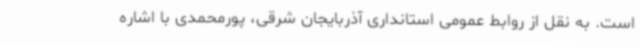
است. به نقل از روابط عمومی استانداری آذربایجان شرقی، پورمحمدی با اشاره